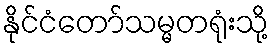
နိုင်ငံတော်သမ္မတရုံးသို့